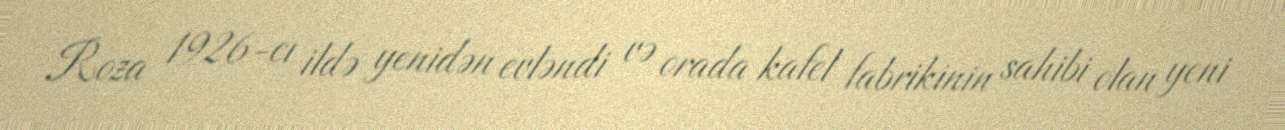
Roza 1926-cı ildə yenidən evləndi və orada kafel fabrikinin sahibi olan yeni